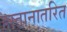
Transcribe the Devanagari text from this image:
हस्तानातरित